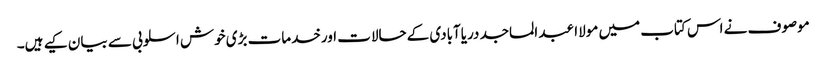
موصوف نے اس کتاب میں مولاا عبد الماجد دریاآبادی کےحالات اورخدمات بڑی خوش اسلوبی سے بیان کیے ہیں۔